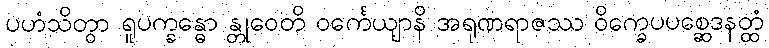
ပဟံသိတွာ ရူပက္ခန္ဓော န္တုဝေတိ ဝင်္ကေယျာနိ အရုဏရာဇဿ ဝိက္ခေပပစ္ဆေဒနတ္ထံ